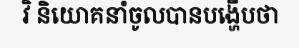
វិ និយោគនាំចូលបានបង្ហើបថា